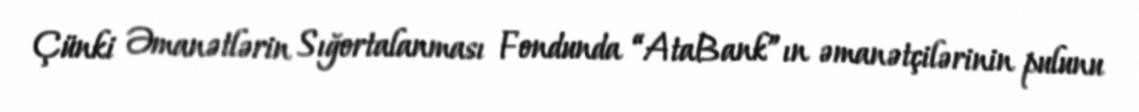
Çünki Əmanətlərin Sığortalanması Fondunda “AtaBank”ın əmanətçilərinin pulunu